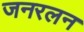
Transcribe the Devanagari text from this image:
जनरलन